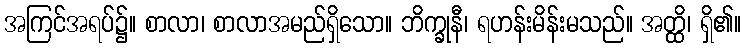
အကြင်အရပ်၌။ စာလာ၊ စာလာအမည်ရှိသော။ ဘိက္ခုနီ၊ ရဟန်းမိန်းမသည်။ အတ္ထိ၊ ရှိ၏။